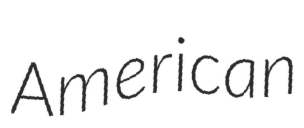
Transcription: American